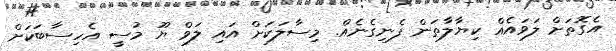
އެގޮތަށް ލަވައެއް ކިޔާލާތަން ފެނިގެނެއް. މިސާލަކަށް އައި ލަވް ޔޫ މުސީ އެހިސާބަކަށް